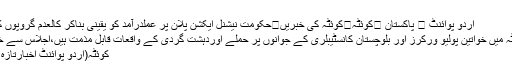
کوئٹہ
اُردو پوائنٹ ⬅ پاکستان ⬅کوئٹہ⬅کوئٹہ کی خبریں⬅حکومت نیشنل ایکشن پلان پر عملدرآمد کو یقینی بناکر کالعدم گروپوں کے ..
, کوئٹہ میں خواتین پولیو ورکرز اور بلوچستان کانسٹیبلری کے جوانوں پر حملے اوردہشت گردی کے واقعات قابل مذمت ہیں،اجلاس سے خطاب
کوئٹہ(اُردو پوائنٹ اخبارتازہ ترین۔